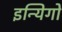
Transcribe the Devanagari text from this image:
इन्यिगो